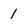
Character: 1